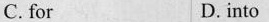
C. for D.into